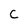
Character: C